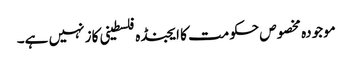
موجودہ مخصوص حکومت کا ایجنڈہ فلسطینی کاز نہیں ہے۔